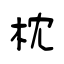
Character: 枕